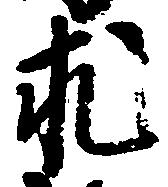
求